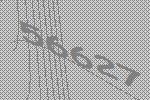
56627